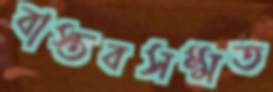
বাস্তবসম্মত